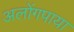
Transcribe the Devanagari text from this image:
अलोंगपाया